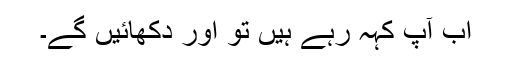
اب آپ کہہ رہے ہیں تو اور دکھائیں گے۔